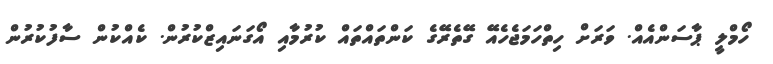
ހޯމްލީ ޕާސަންއެއް. ވަރަށް ހިތްހަމަޖެހެއޭ ގޭތެރޭގެ ކަންތައްތައް ކުރުމާއި އޯގަނައިޒްކުރުން. ކެއްކުން ސާފުކުރުން